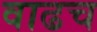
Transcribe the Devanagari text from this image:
वाढच